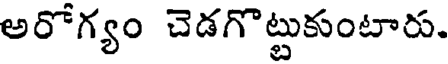
అరోగ్యం చెడగొట్టుకుంటారు.